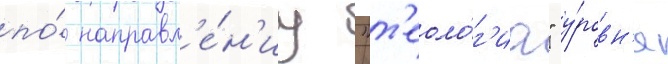
по́ направл'е́н'иу "т'еоло́г'иа" у́ровн'я